Problem: 12 ÷ 6 = ?
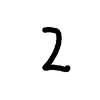
Handwritten answer: 2